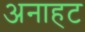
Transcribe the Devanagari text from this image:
अनाहट